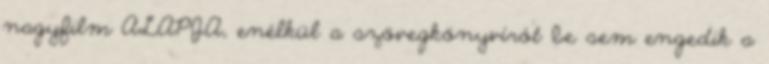
nagyfilm ALAPJA, enélkül a szövegkönyvírót be sem engedik a